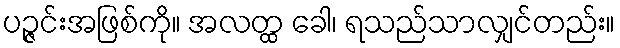
ပဉ္ဇင်းအဖြစ်ကို။ အလတ္ထ ခေါ၊ ရသည်သာလျှင်တည်း။